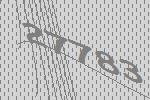
27783